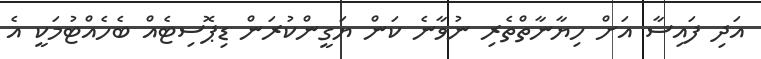
އަދި ފައިސާ އަށް ހިޔާނާތްތެރި ނުވާނެ ކަން ޔަގީންކުރަން ޑިޕޮސިޓެއް ބެހެއްޓުމަކީ އެ